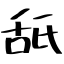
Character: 舐